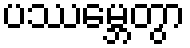
ပဿမ္ဘေတွာ